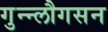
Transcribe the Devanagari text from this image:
गुन्न्लौगसन